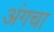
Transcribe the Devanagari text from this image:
अंगचा